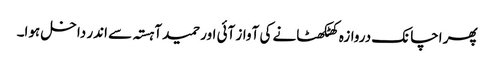
پھر اچانک دروازہ کھٹکھٹانے کی آواز آئی اور حمید آہستہ سے اندر داخل ہوا۔